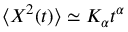
\langle X ^ { 2 } ( t ) \rangle \simeq K _ { \alpha } t ^ { \alpha }